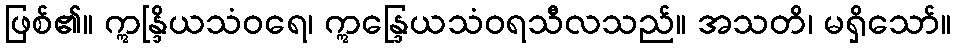
ဖြစ်၏။ ဣန္ဒြိယသံဝရေ၊ ဣန္ဒြေယသံဝရသီလသည်။ အသတိ၊ မရှိသော်။